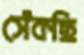
সেঁকছি